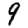
Digit: 9